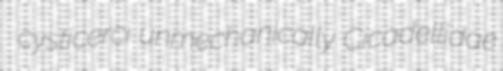
cysticerci unmechanically Cicadellidae